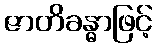
ဇာတိခန္ဓာဖြင့်